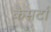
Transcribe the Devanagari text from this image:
कैसर्टा